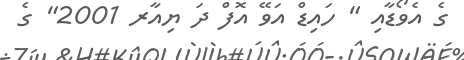
ގެ އެވޯޑާއި " ހައިޑް އަވޭ އޮފް ދަ ޔިއާރ 2001" ގެ